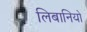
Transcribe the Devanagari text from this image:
लिबानियो